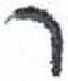
אות: ר